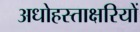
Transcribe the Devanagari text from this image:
अधोहस्ताक्षरियों